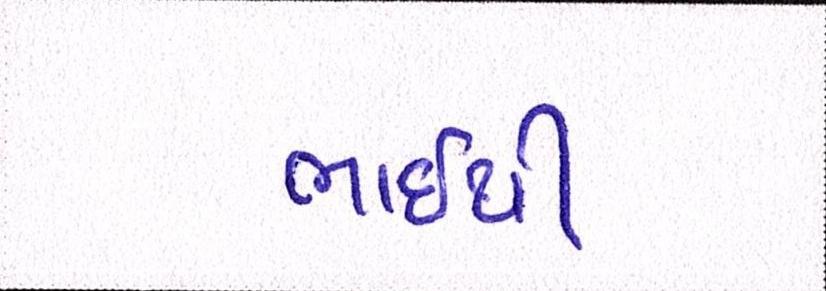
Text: ભાઇથી